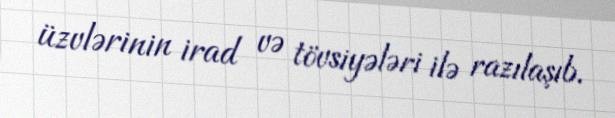
üzvlərinin irad və tövsiyələri ilə razılaşıb.